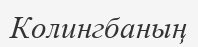
Колингбаның